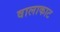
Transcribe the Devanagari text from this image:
वालाकाट